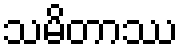
သမိတာဿ